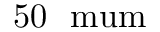
\mathrm { 5 0 \ \ m u m }